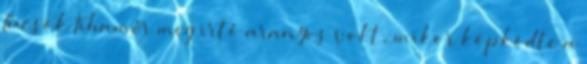
Tücsök Tihamér meg irtó aranyos volt, mikor köpködte a